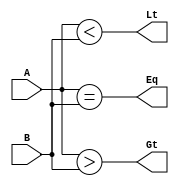
module comparator_4bit_simple_df(Eq,Gt,Lt,A,B);

input [3:0]A,B;
output Eq,Gt,Lt;//Equal to, Greater than, Less than

assign Eq = (A == B);
assign Gt = (A > B);
assign Lt = (A < B);

//could also write assign {Eq, Gt, Lt} = {(A == B),(A > B),(A < B)};

endmodule